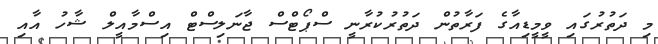
މި ދަތުރުގައި ވީމީޑިއާގެ ފަރާތުން ދަތުރުކުރާނީ ސްޕޯޓްސް ޖާނަލިސްޓް އިސްމާއީލް ޝާހު އާއި